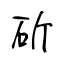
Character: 斫